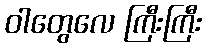
ဝါတွေလေ ကြီးကြီး